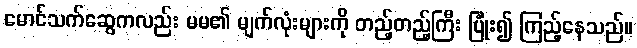
မောင်သက်ဆွေကလည်း မမ၏ မျက်လုံးများကို တည့်တည့်ကြီး ပြုံး၍ ကြည့်နေသည်။